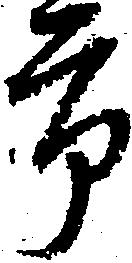
市